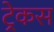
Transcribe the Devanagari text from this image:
ट्रेकस